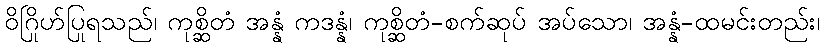
ဝိဂြိုဟ်ပြုရသည်၊ ကုစ္ဆိတံ အန္နံ ကဒန္နံ၊ ကုစ္ဆိတံ-စက်ဆုပ် အပ်သော၊ အန္နံ-ထမင်းတည်း၊